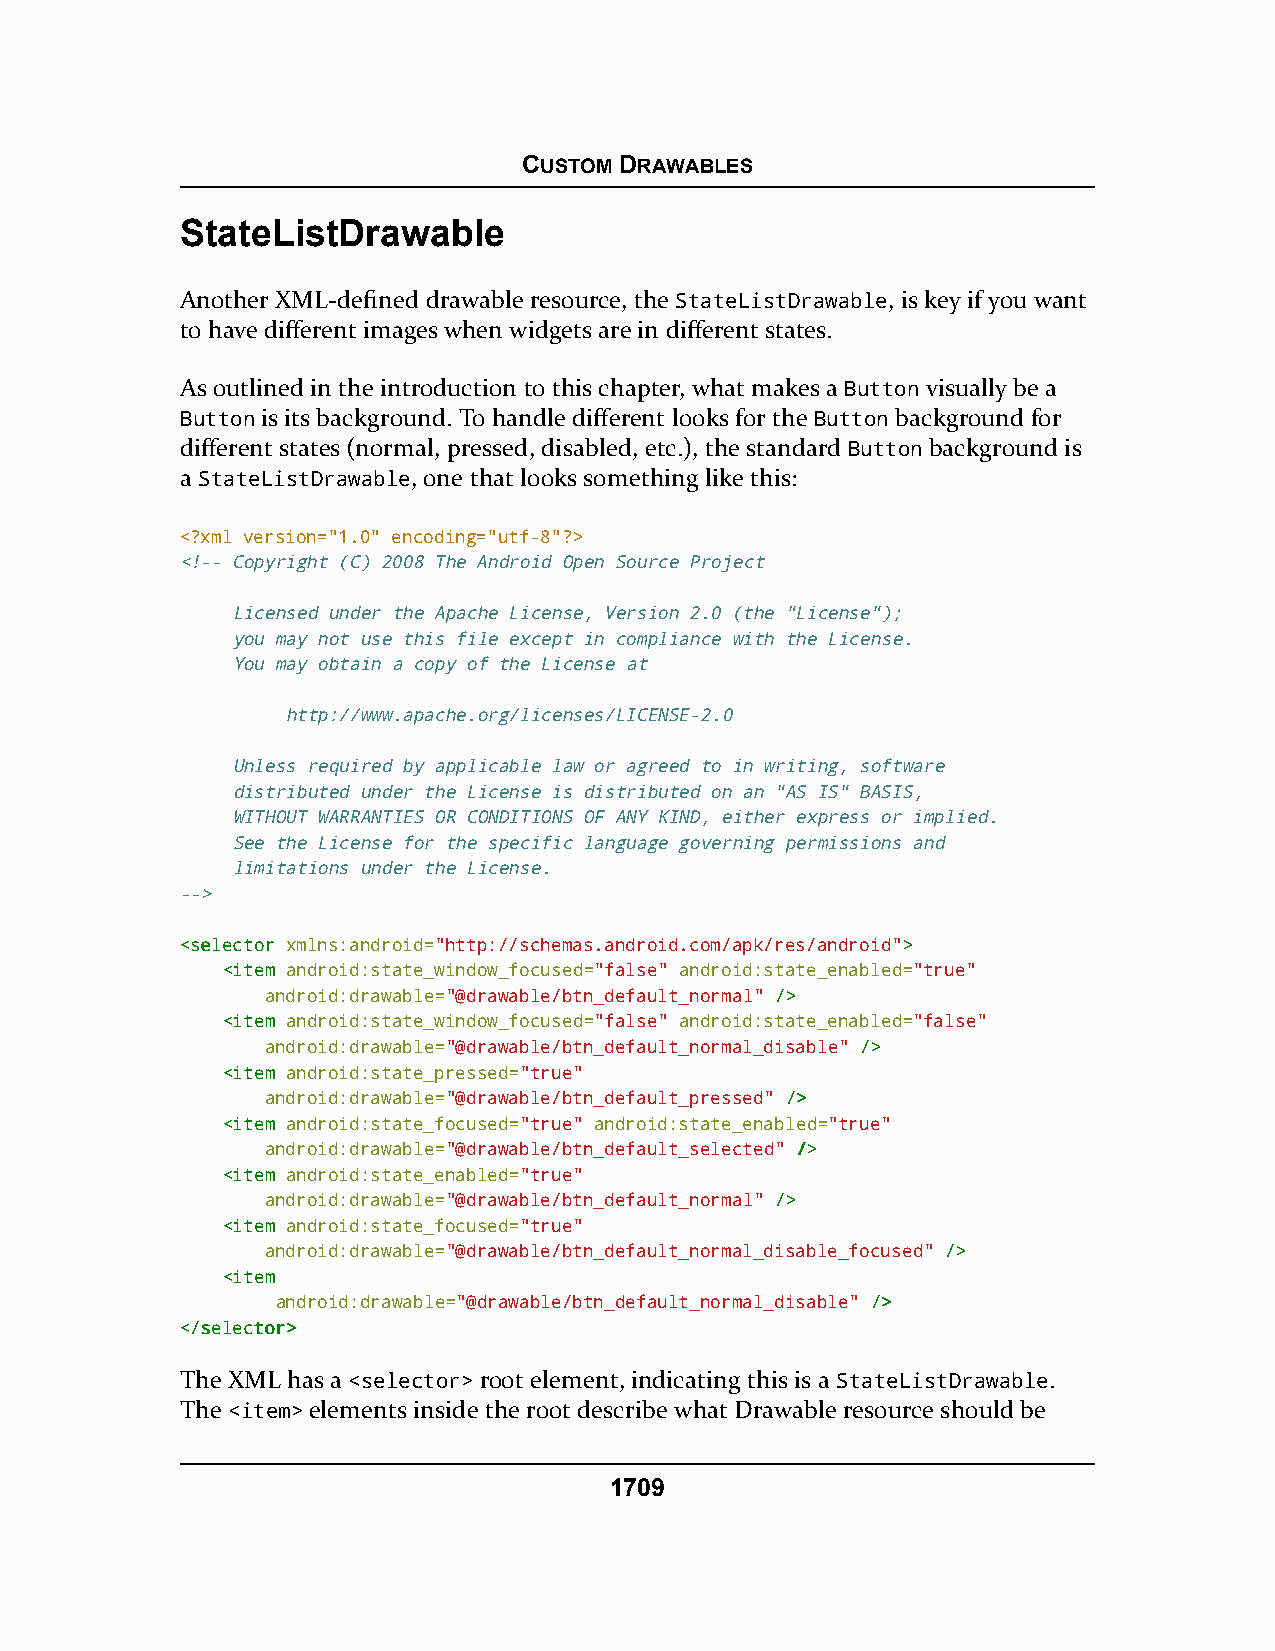
CUSTOM DRAWABLES
 StateListDrawable
 Another XML-defined drawable resource, the StateListDrawable, is key if you want
 to have different images when widgets are in different states.
 As outlined in the introduction to this chapter, what makes a Button visually be a
 Button is its background. To handle different looks for the Button background for
 different states (normal, pressed, disabled, etc.), the standard Button background is
 a StateListDrawable, one that looks something like this:
 <?xml version="1.0" encoding="utf-8"?>
 <!-- Copyright (C) 2008 The Android Open Source Project
 Licensed under the Apache License, Version 2.0 (the "License");
 you may not use this file except in compliance with the License.
 You may obtain a copy of the License at
 http://www.apache.org/licenses/LICENSE-2.0
 Unless required by applicable law or agreed to in writing, software
 distributed under the License is distributed on an "AS IS" BASIS,
 WITHOUT WARRANTIES OR CONDITIONS OF ANY KIND, either express or implied.
 See the License for the specific language governing permissions and
 limitations under the License.
 -->
 <<sseelleeccttoorr xmlns:android="http://schemas.android.com/apk/res/android">>
 <<iitteemm android:state_window_focused="false" android:state_enabled="true"
 android:drawable="@drawable/btn_default_normal" //>>
 <<iitteemm android:state_window_focused="false" android:state_enabled="false"
 android:drawable="@drawable/btn_default_normal_disable" //>>
 <<iitteemm android:state_pressed="true"
 android:drawable="@drawable/btn_default_pressed" //>>
 <<iitteemm android:state_focused="true" android:state_enabled="true"
 android:drawable="@drawable/btn_default_selected" //>>
 <<iitteemm android:state_enabled="true"
 android:drawable="@drawable/btn_default_normal" //>>
 <<iitteemm android:state_focused="true"
 android:drawable="@drawable/btn_default_normal_disable_focused" //>>
 <<iitteemm
 android:drawable="@drawable/btn_default_normal_disable" //>>
 <<//sseelleeccttoorr>>
 The XML has a <selector> root element, indicating this is a StateListDrawable.
 The <item> elements inside the root describe what Drawable resource should be
 1709